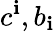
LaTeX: c^{\mathbf{i}},b_{\mathbf{i}}